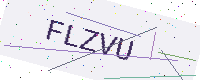
Text: FLZVU